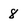
Character: 8